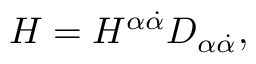
H = H ^ { \alpha \dot { \alpha } } D _ { \alpha \dot { \alpha } } ,